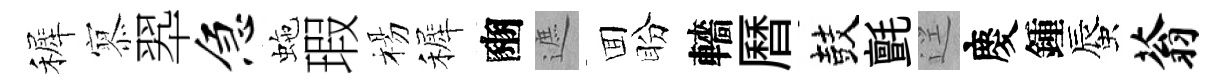
裤𡪹翆急虵瑕楊裤豳遮囬盼轖曆鼓氈逕慶鍾蜃蓊